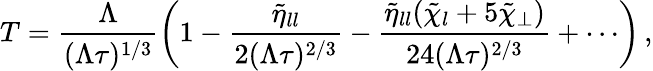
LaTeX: T=\frac{\Lambda}{(\Lambda\tau)^{1/3}}\left(1-\frac{\tilde{\eta}_{ll}}{2(\Lambda\tau)^{2/3}}-\frac{\tilde{\eta}_{ll}(\tilde{\chi}_{l}+5\tilde{\chi}_{\perp})}{24(\Lambda\tau)^{2/3}}+\cdots\right)\, ,